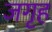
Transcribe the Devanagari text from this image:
जगृह